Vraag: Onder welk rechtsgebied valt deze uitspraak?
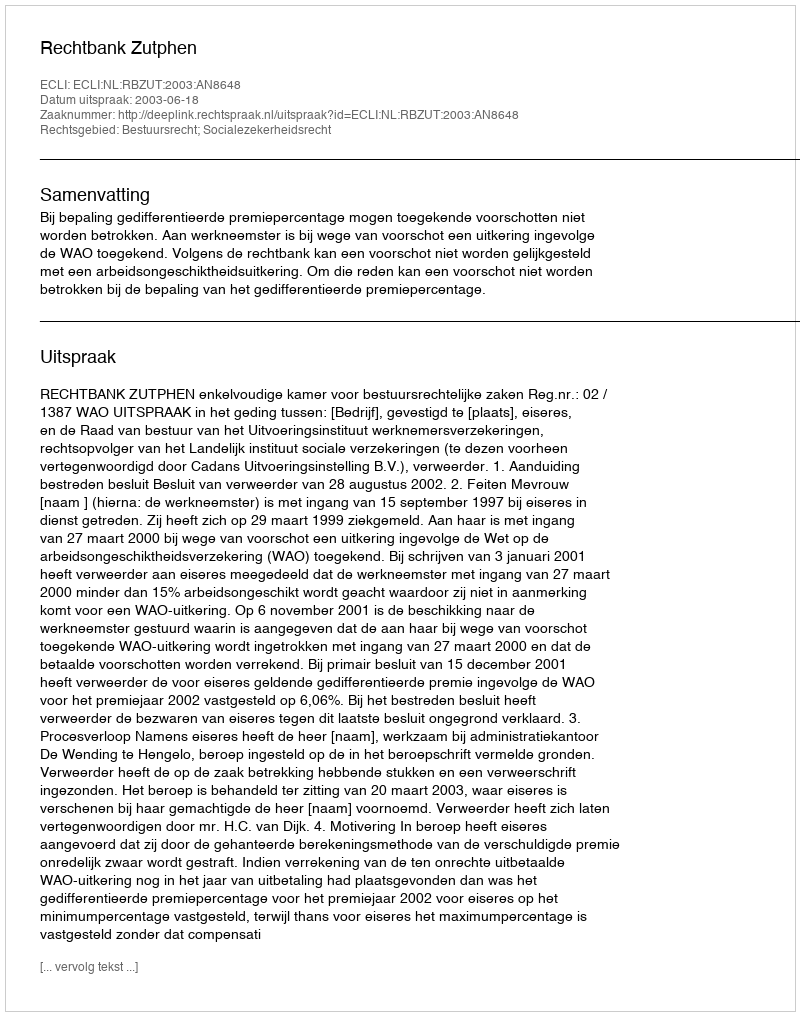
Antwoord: Bestuursrecht; Socialezekerheidsrecht